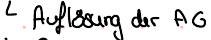
Auflösung der AG